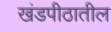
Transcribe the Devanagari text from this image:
खंडपीठातील